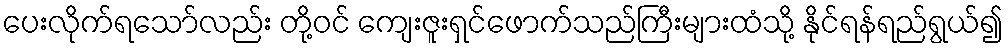
ပေးလိုက်ရသော်လည်း တို့ဝင် ကျေးဇူးရှင်ဖောက်သည်ကြီးများထံသို့ နိုင်ရန်ရည်ရွယ်၍